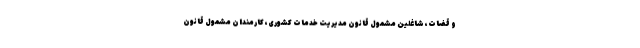
و قضات، شاغلین مشمول قانون مدیریت خدمات کشوری، کارمندان مشمول قانون